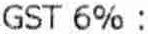
GST 6% :